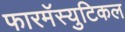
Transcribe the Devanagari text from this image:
फारमॅस्युटिकल